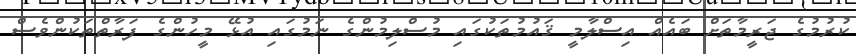
ކުރުމުގެ ޖަރީމާތަށް ބައެއް އިސްލާމީ ޤައުމުތަކުގައި މުސްލިމުންގެ ނަމުގައި އުޅޭ މީހުންގެ ފަރާތްތަކުންވެސް